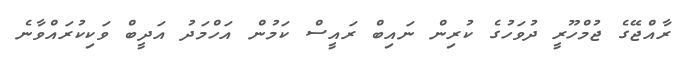
ރާއްޖޭގެ ޖުމްހޫރީ ދުވަހުގެ ކުރިން ނައިބް ރައީސް ކަމުން އަހްމަދު އަދީބް ވަކިކުރައްވާނެ